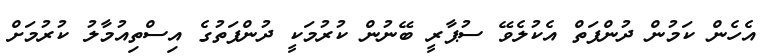
އެހެން ކަމުން ދުންފަތް އެކުލެވޭ ސުޕާރީ ބޭނުން ކުރުމަކީ ދުންފަތުގެ އިސްތިއުމާލު ކުރުމަށް